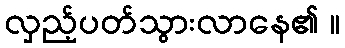
လှည့်ပတ်သွားလာနေ၏ ။